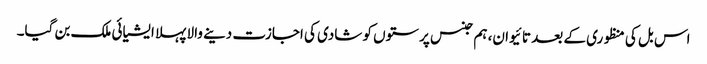
اس بل کی منظوری کے بعد تائیوان، ہم جنس پرستوں کو شادی کی اجازت دینے والا پہلا ایشیائی ملک بن گیا۔